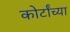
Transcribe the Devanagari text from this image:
कोर्टांच्या